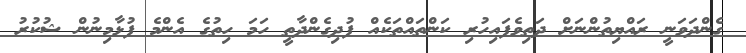
ގެންދަވަނީ ރައްޔިތުންނަށް ދަތިވެފައިހުރި ކަންތައްތަކެއް ފުދިގެންދާތީ ހަމަ ހިތުގެ އެންމެ ފުޅާމިނުން ޝުކުރު